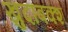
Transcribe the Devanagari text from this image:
खुदाबक्‍श